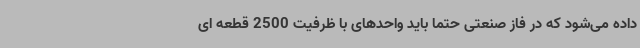
داده می‌شود که در فاز صنعتی حتما باید واحدهای با ظرفیت 2500 قطعه ای